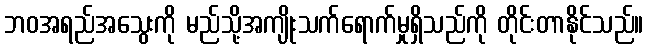
ဘဝအရည်အသွေးကို မည်သို့အကျိုးသက်ရောက်မှုရှိသည်ကို တိုင်းတာနိုင်သည်။